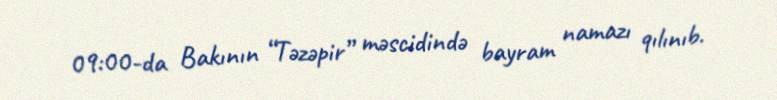
09:00-da Bakının “Təzəpir” məscidində bayram namazı qılınıb.